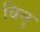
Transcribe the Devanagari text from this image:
विनु